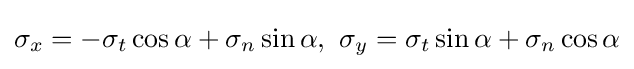
\sigma _{x}=-\sigma _{t}\cos \alpha +\sigma _{n}\sin \alpha ,\ \sigma _{y}=\sigma _{t}\sin \alpha +\sigma _{n}\cos \alpha